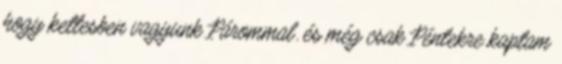
hogy kettesben vagyunk Párommal. és még csak Péntekre kaptam